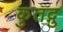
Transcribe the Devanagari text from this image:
कुतद्गु